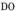
DO